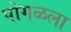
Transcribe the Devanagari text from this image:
पोगळला